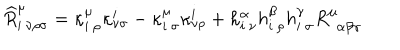
LaTeX: \widehat { R } _ { i \: \nu \rho \sigma } ^ { \mu } = \kappa _ { i \: \rho } ^ { \mu } \kappa _ { \nu \sigma } ^ { i } - \kappa _ { i \: \sigma } ^ { \mu } \kappa _ { \nu \rho } ^ { i } + h _ { i \: \nu } ^ { \alpha } h _ { i \: \rho } ^ { \beta } h _ { i \: \sigma } ^ { \gamma } R _ { \: \: \alpha \beta \gamma } ^ { \mu }